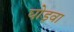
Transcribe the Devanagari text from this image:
घोड़वा